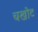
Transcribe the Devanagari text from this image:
चखोट